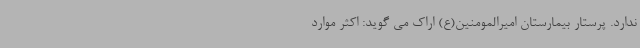
ندارد. پرستار بیمارستان امیرالمومنین(ع) اراک می گوید: اکثر موارد